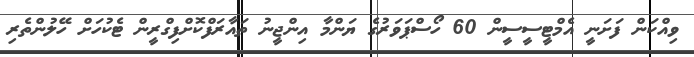
ވިއްކަން ފަށަނީ އެމްޓީސީސީން 60 ހޯސްޕަވަރުގެ ޔަންމާ އިންޖީނު ތައާރަފްކޮށްފިގްރީން ޓެކުހަށް ހޭލުންތެރި